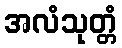
အလံသုတ္တံ